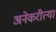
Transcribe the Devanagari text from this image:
अनेकरीत्या